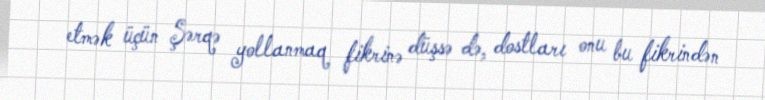
etmək üçün Şərqə yollanmaq fikrinə düşsə də, dostları onu bu fikrindən